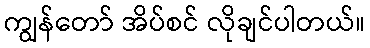
ကျွန်တော် အိပ်စင် လိုချင်ပါတယ်။